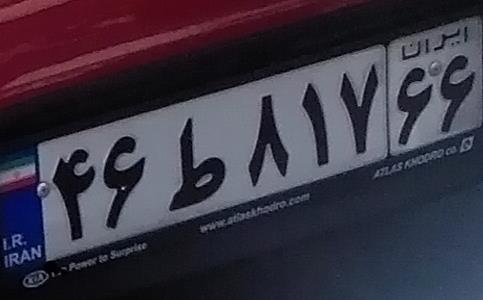
۴۶ط۸۱۷۶۶